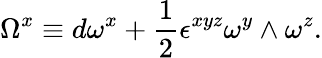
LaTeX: \Omega^{x}\equiv d\omega^{x}+{\frac{1}{2}}\epsilon^{xyz}\omega^{y}\wedge\omega^{z}.